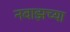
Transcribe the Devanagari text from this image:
नवाझच्या